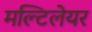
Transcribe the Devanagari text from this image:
मल्टिलेयर